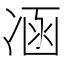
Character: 𠗙